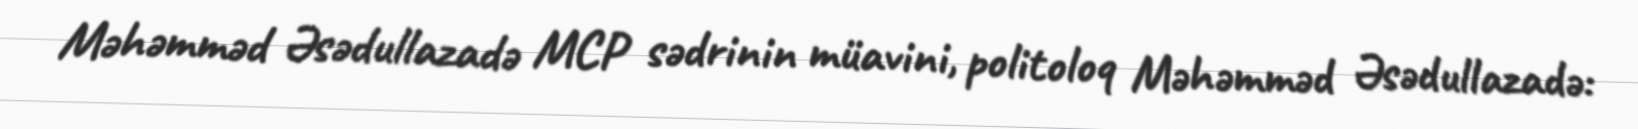
Məhəmməd Əsədullazadə MCP sədrinin müavini, politoloq Məhəmməd Əsədullazadə: